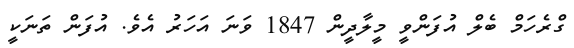
ގްރެހަމް ބެލް އުފަންވީ މީލާދީން 1847 ވަނަ އަހަރު އެވެ. އުފަން ތަނަކީ